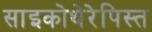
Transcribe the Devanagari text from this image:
साइकोथेरेपिस्त